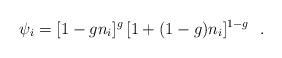
LaTeX: \begin{align*}\psi_i=[1-g n_i]^g \, [1+(1-g) n_i]^{1-g} \ \ .\end{align*}